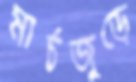
মার্চজুড়ে